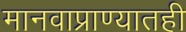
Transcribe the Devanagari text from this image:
मानवाप्राण्यातही